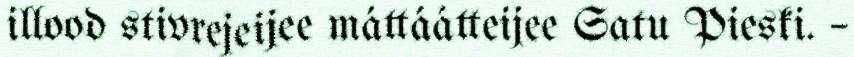
illood stivrejeijee máttáátteijee Satu Pieski. –